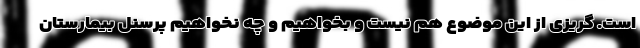
است. گریزی از این موضوع هم نیست و بخواهیم و چه نخواهیم پرسنل بیمارستان